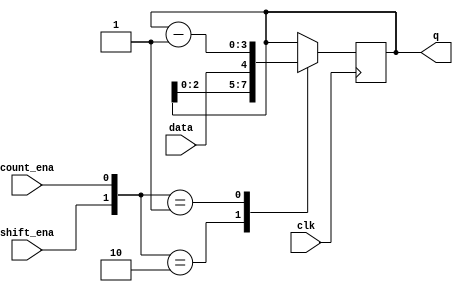
module top_module (
    input clk,
    input shift_ena,
    input count_ena,
    input data,
    output [3:0] q);
	
    always@(posedge clk) begin
        case({shift_ena,count_ena})
            2'b10:begin
                q <= {q[2:0],data};
            end
            2'b01:begin
                q <= q - 1'b1;
            end
            default: q <= q;
        endcase
    end

endmodule